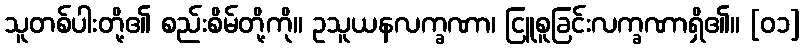
သူတစ်ပါးတို့၏ စည်းစိမ်တို့ကို။ ဥသူယနလက္ခဏာ၊ ငြူစူခြင်းလက္ခဏာရှိ၏။ [၀၁]